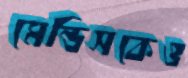
মেন্ডিসকেও